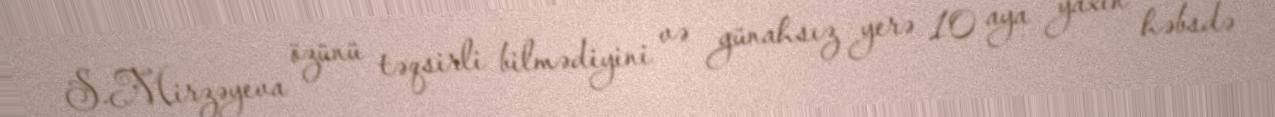
S.Mirzəyeva özünü təqsirli bilmədiyini və günahsız yerə 10 aya yaxın həbsdə